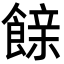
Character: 𮩇